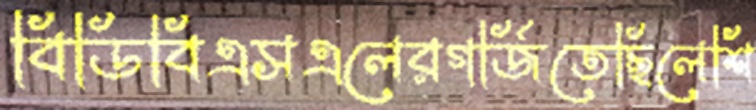
বিডিবিএসএলেরগর্জিতেছিলেশি